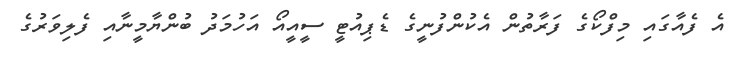
އެ ފެއާގައި މިފްކޯގެ ފަރާތުން އެކުންފުނީގެ ޑެޕިއުޓީ ސީއީއޯ އަހުމަދު ބުންޔާމީނާއި ފެލިވަރުގެ